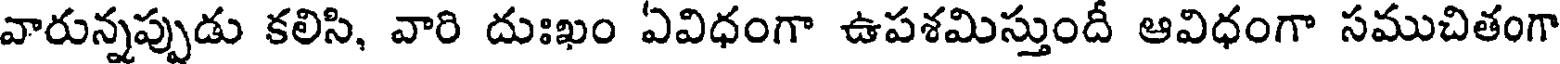
వారున్నప్పుడు కలిసి, వారి దుఃఖం ఏవిధంగా ఉపశమిస్తుందీ ఆవిధంగా సముచితంగా